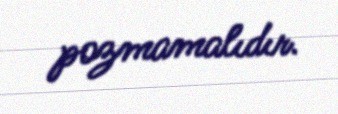
pozmamalıdır.